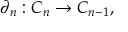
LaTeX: \partial _ { n } : C _ { n } \to C _ { n - 1 } ,